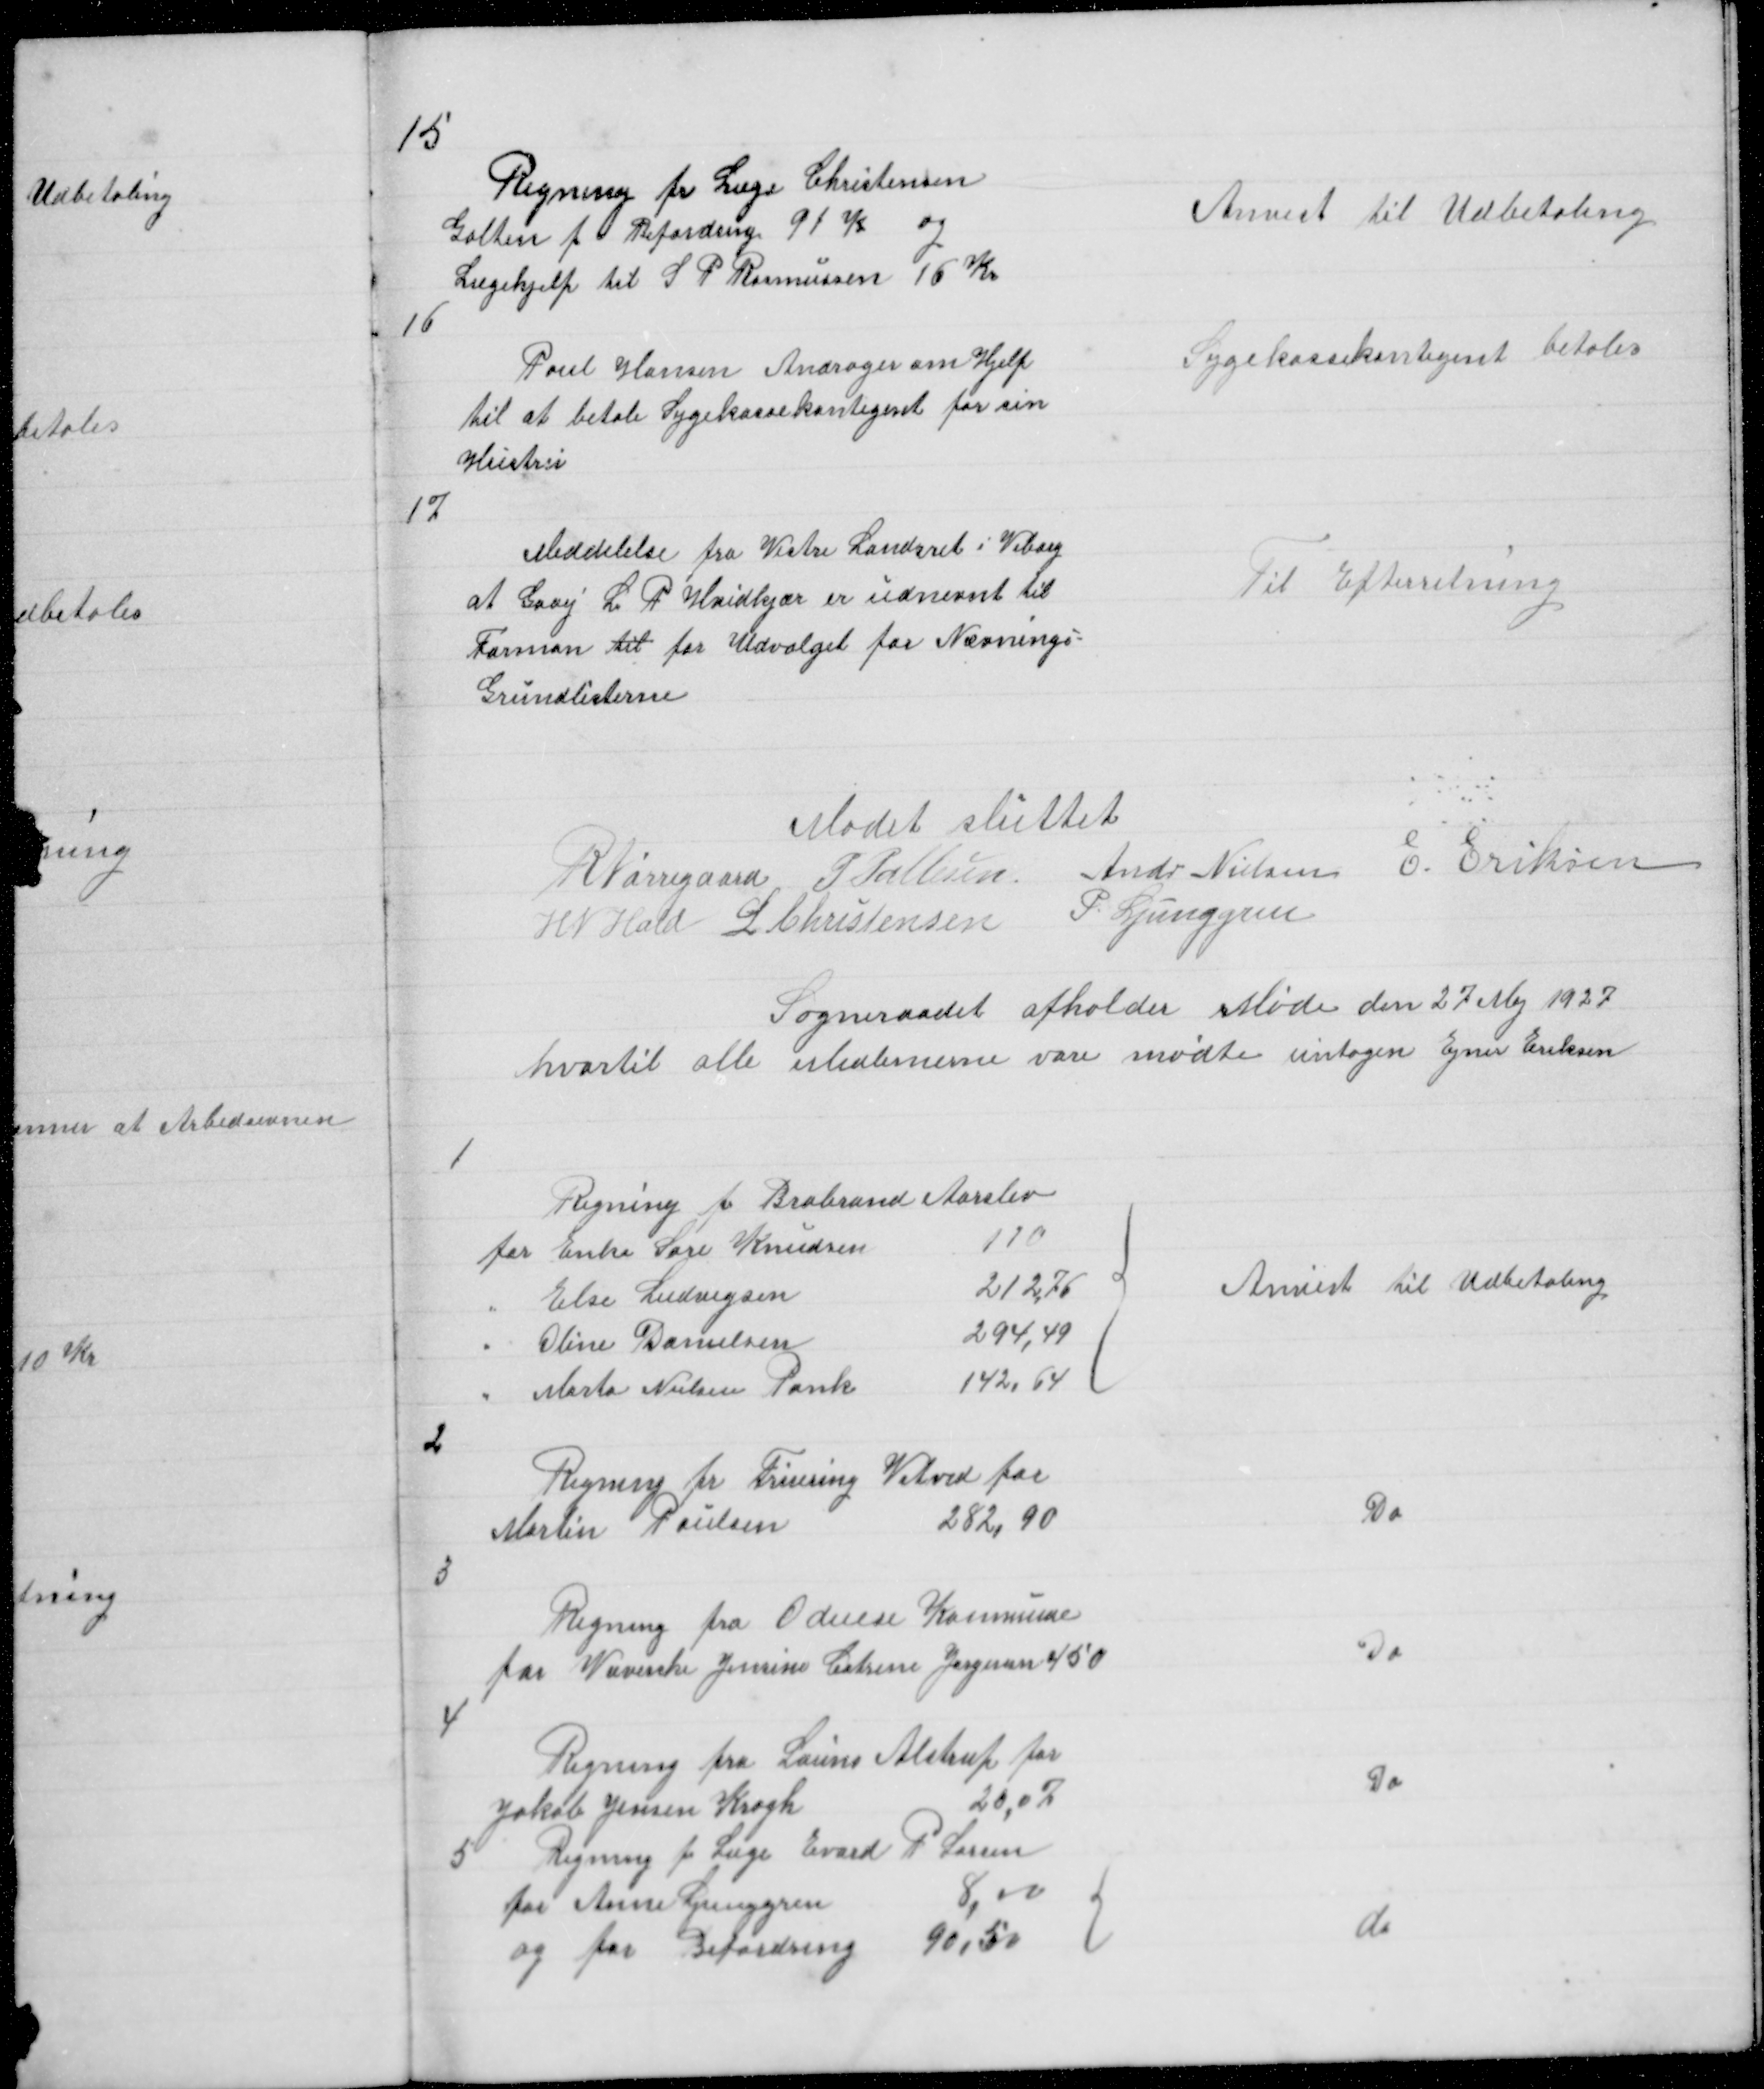
Transskription:
15

Regning fra Læge Christensen
Galten f Befordring 91 K og
Lægehjelp til S P Rasmussen 16 Kr
16

Anvist til Udbetaling

Poul Hansen Andrager om Hjelp
til at betale Sygekassekontigent for sin
Hustru

Sygekassekontigent betales

17

Meddelelse fra Vestre Landsret i Viborg
at Gadej L P Hvidkjær er udnevnt til
Forman til for Udvalget for Nævnings =
Grundlisterne

Til Efterretning

Mødet sluttet
R Nørregaard P Pallesen Andr Nielsen E Eriksen
H N Hald L Christensen
P. Ljunggren

Sogneraadet afholder Møde den 27 Maj 1927
hvortil alle Medlemerne vare mødte untagen Ejner Eriksen

1

{

Anvist til Udbetaling

2

Regning fr Fruering Vitved for
Martin Poulsen
282,90

Do

3

Regning fra Odense Kommune
for Væverske Jensine Catrine Jørgensen 450

Do

4

5

Regning fra Launs Alstrup for
Jakob Jensen Krogh
20,07
Regning fr Læge Evard P Larsen
for Anne Ljunggren
8,00
og for Befordring 90.50

Do

{

do